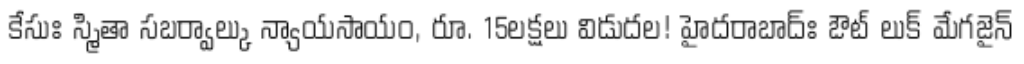
కేసుః స్మితా సబర్వాల్కు న్యాయసాయం, రూ. 15లక్షలు విడుదల! హైదరాబాద్ః ఔట్ లుక్ మేగజైన్